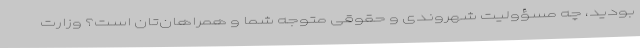
بودید، چه مسؤولیت شهروندی و حقوقی متوجه شما و همراهان‌تان است؟ وزارت